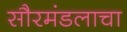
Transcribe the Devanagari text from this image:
सौरमंडलाचा